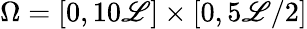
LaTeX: \Omega=[0,10\mathscr{L}]\times[0,5\mathscr{L}/2]